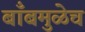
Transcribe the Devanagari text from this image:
बाँबमुळेच